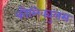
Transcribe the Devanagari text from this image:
कौलिक्युलस